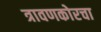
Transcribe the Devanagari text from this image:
त्रावणकोरचा